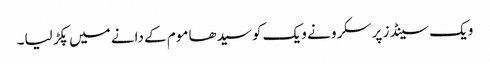
ویک سینڈز پر سکرو نے ویک کو سیدھا موم کے دانے میں پکڑ لیا۔